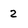
Character: 2